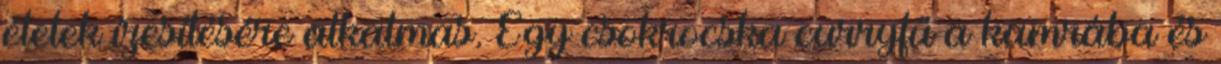
ételek ízesítésére alkalmas. Egy csokrocska curryfű a kamrába és